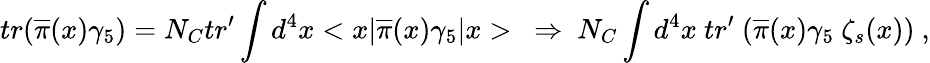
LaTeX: tr(\overline{{{\pi}}}(x)\gamma_{5})=N_{C}tr^{\prime}\int d^{4}x<x|\overline{{{\pi}}}(x)\gamma_{5}|x>~\Rightarrow~N_{C}\int d^{4}x~tr^{\prime}~(\overline{{{\pi}}}(x)\gamma_{5}~\zeta_{s}(x))~,